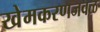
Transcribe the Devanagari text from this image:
खेमकरणजवळ